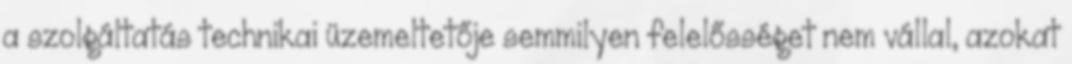
a szolgáltatás technikai üzemeltetője semmilyen felelősséget nem vállal, azokat